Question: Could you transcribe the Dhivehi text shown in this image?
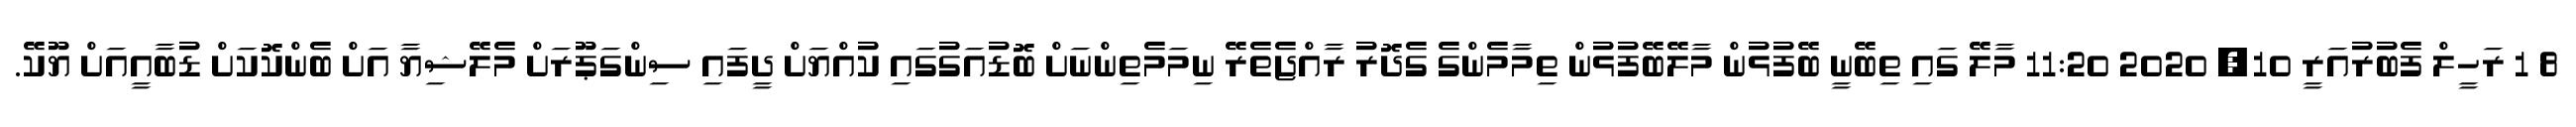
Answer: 8 1 ރަހީލް ފެބުރުއަރީ 10, 2020 11:20 މާލޭ ގައި ތިބޭނީ ބޭފުޅުން މާލޭބޭފުޅުން ތިމާމެންގެ ގެދޮރު ރާއްޖެތެރޭ ނިމަމެތިންނަށް ބޮޑުއަގުގައި ކުއްޔަށް ދީފައި ސިންގަޕޫރަށް މެލޭޝިޔާ އަށް ބެންކޮކަށް ޑުބާއީއަށް ޔޫކޭ.